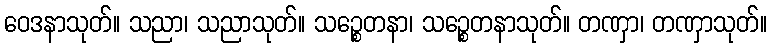
ဝေဒနာသုတ်။ သညာ၊ သညာသုတ်။ သဉ္စေတနာ၊ သဉ္စေတနာသုတ်။ တဏှာ၊ တဏှာသုတ်။